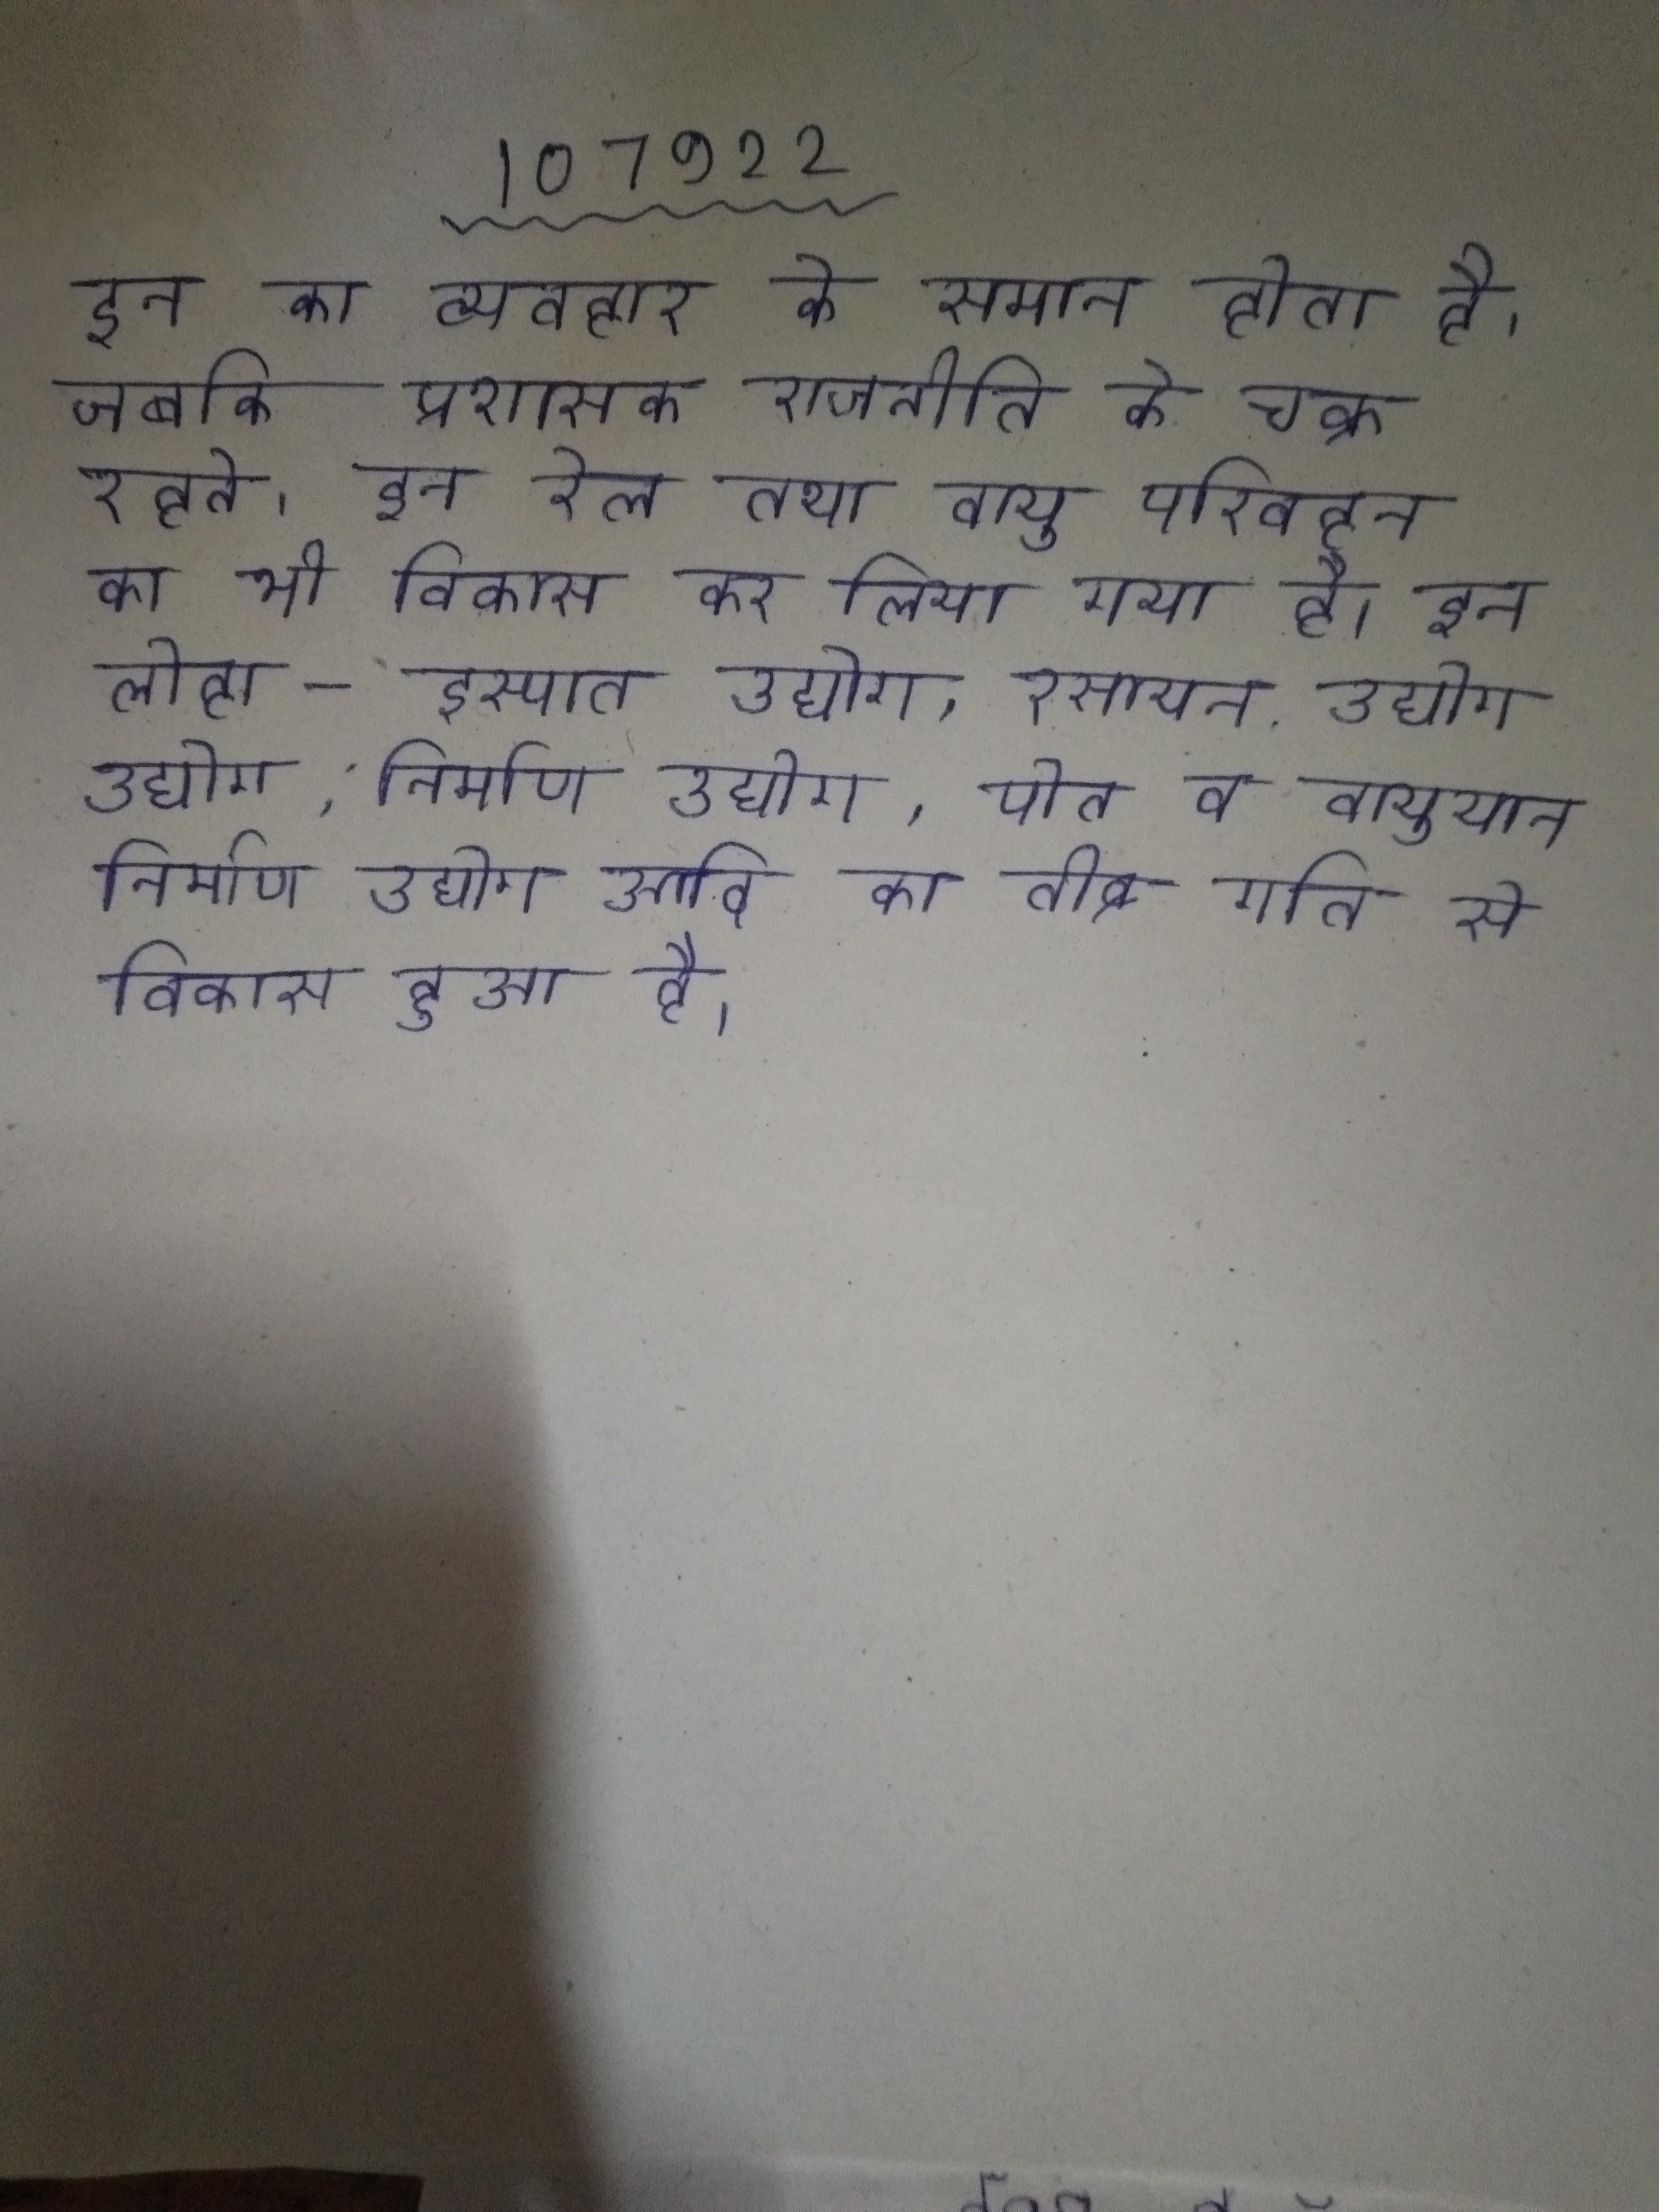
इन का व्यवहार के समान होता है, जबकि प्रशासक राजनीति के चक्र रहते । इन रेल तथा वायु परिवहन का भी विकास कर लिया गया है । इन लोहा-इस्पात उद्योग, रसायन उद्योग, उद्योग, निर्माण उद्योग, पोत व वायुयान निर्माण उद्योग आदि का तीव्र गति से विकास हुआ है ।